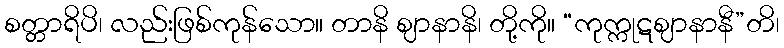
စတ္တာရိပိ၊ လည်းဖြစ်ကုန်သော။ တာနိ ဈာနာနိ၊ တို့ကို။ “ကုက္ကုဋဈာနာနီ”တိ၊